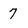
Character: 7